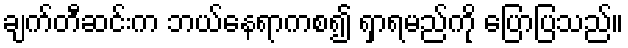
ချက်တီဆင်းက ဘယ်နေရာကစ၍ ရှာရမည်ကို ပြောပြသည်။